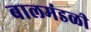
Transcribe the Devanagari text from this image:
बालमंडळी